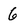
Character: 6